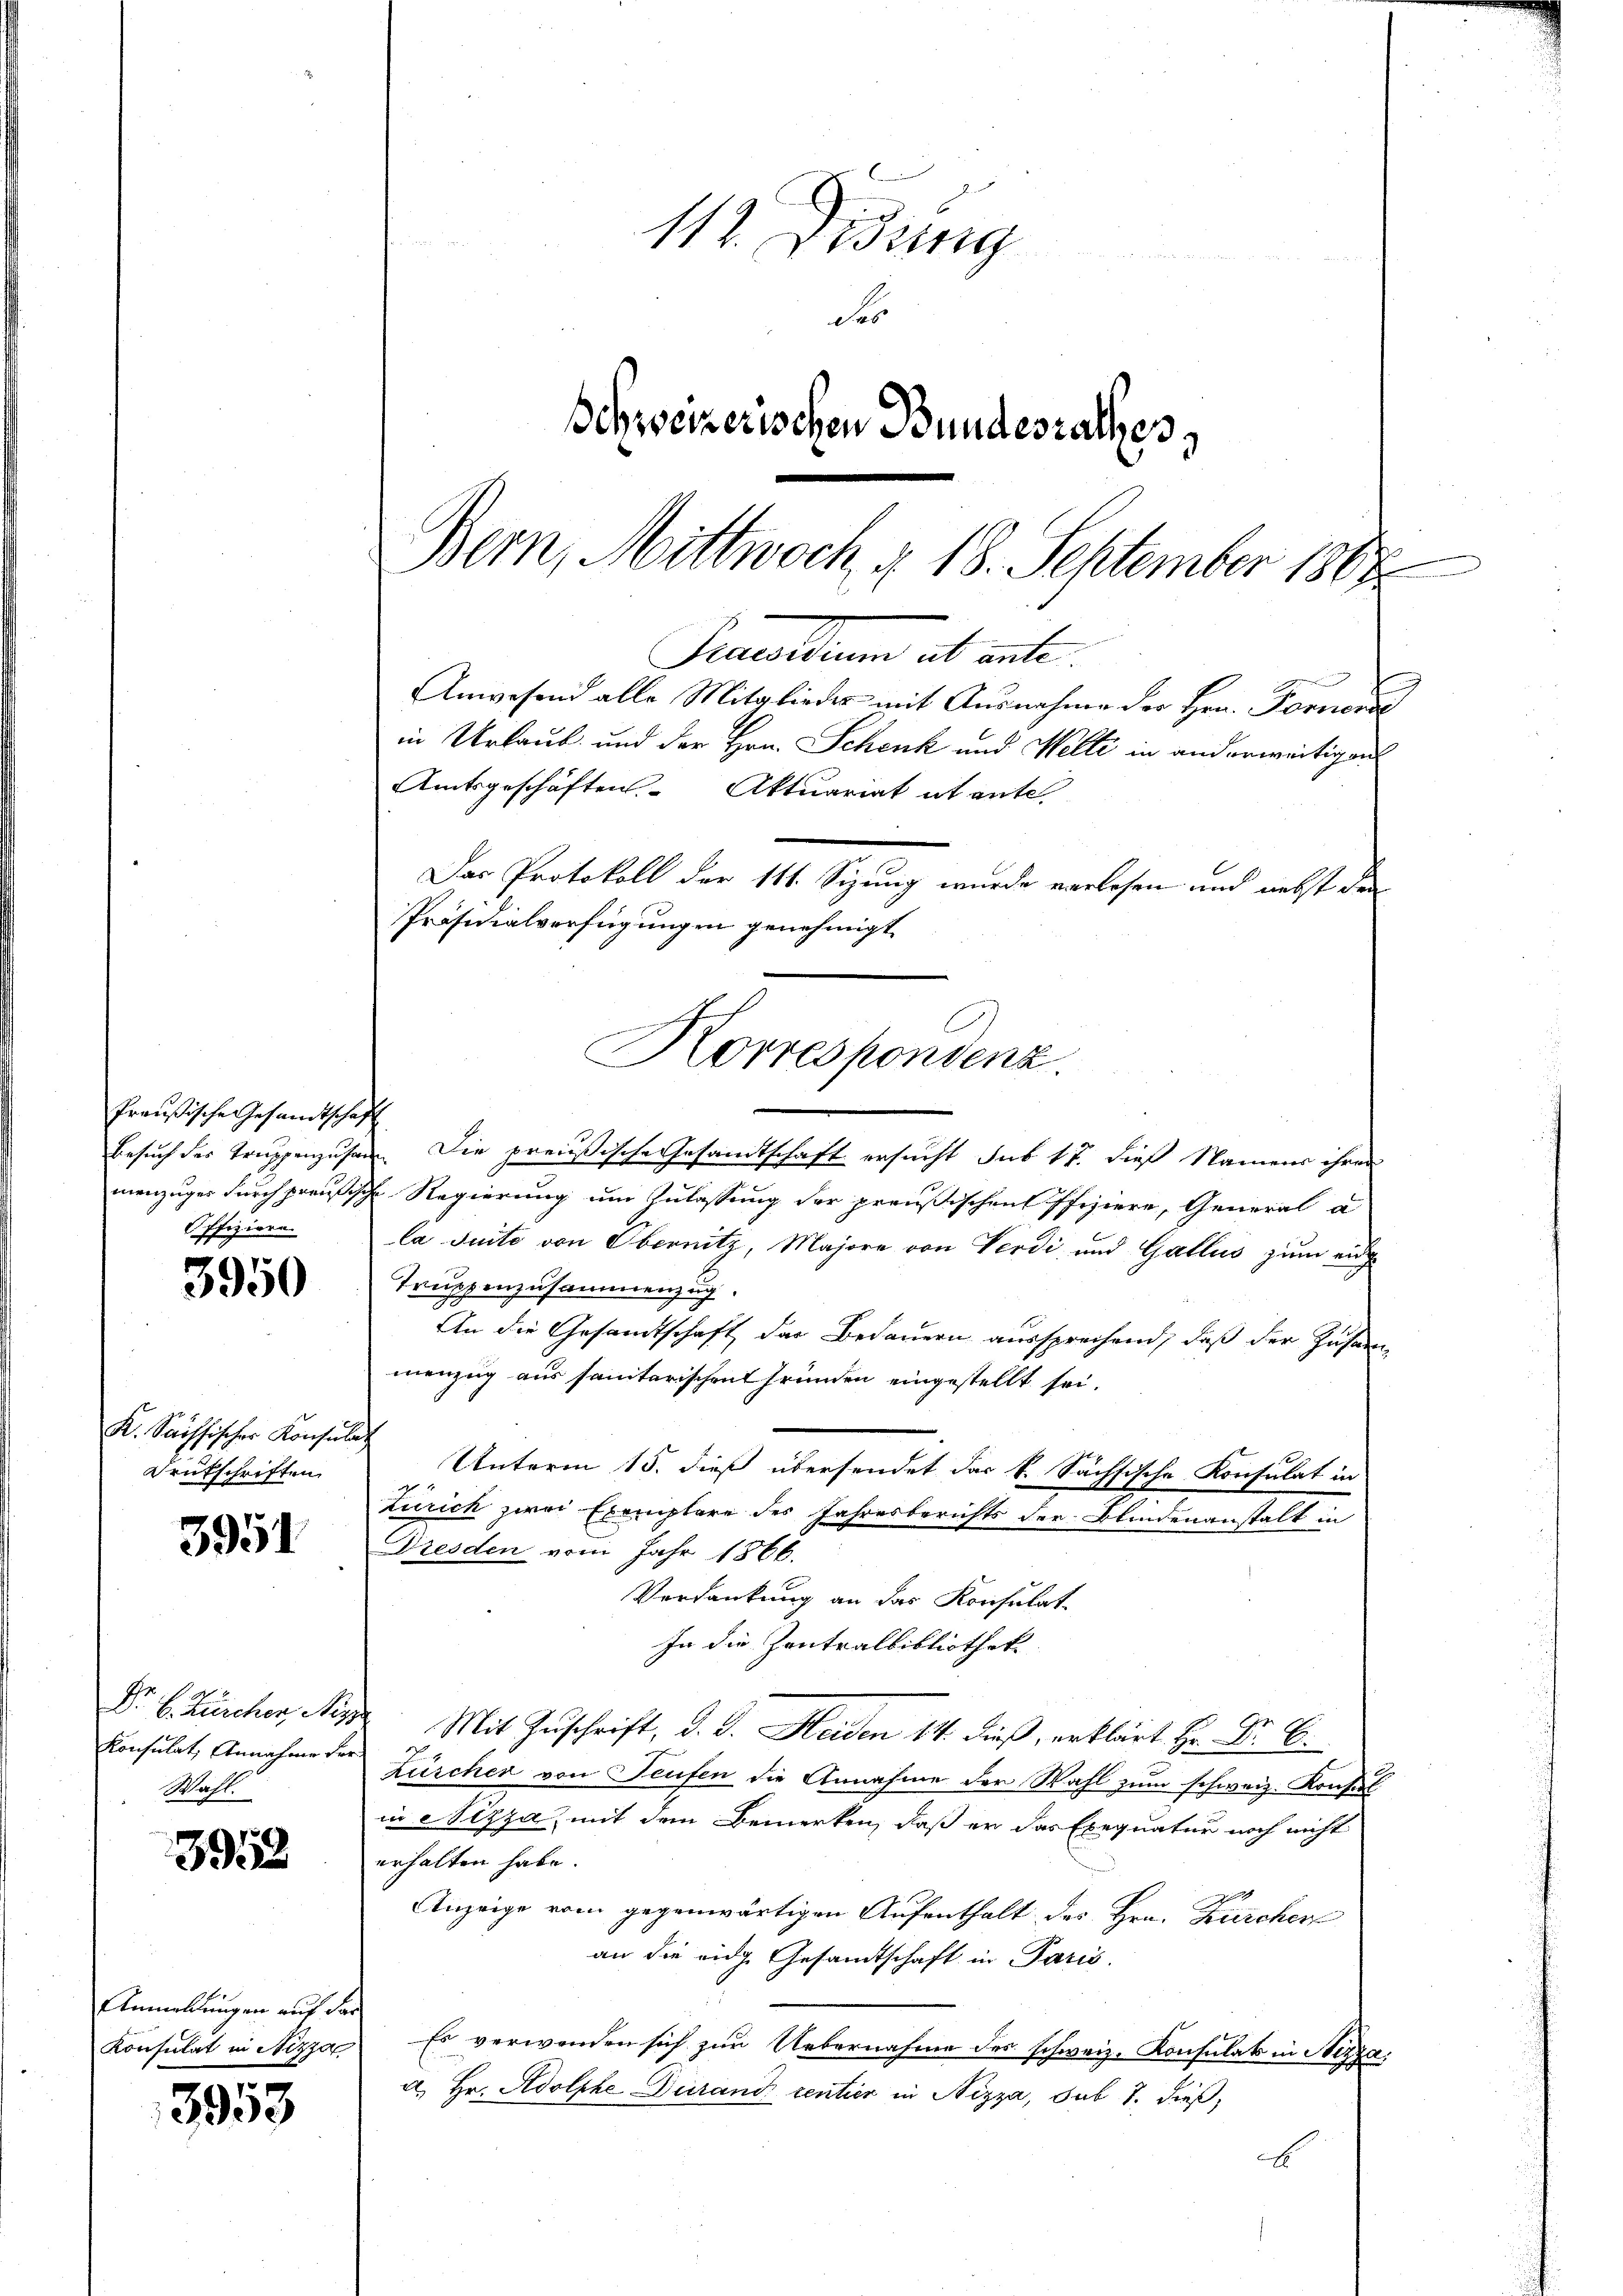
Preußische Gesandtscha
Besuch der Truppenzusa
menzuges durch preußis
Offiziere.

3950

K. Sachsischer Konsula
Drukschriften.

3951

Dr. C. Zürcher, Niz
Konsulat Annahme der
Wahl.

3952

Anmeldungen auf das
Konsulat in Nizzar

3958

112. Didung
.
Fes
Schweizerischen Bundesrathes,

Bern, Mittwoch § 18. September 1868
Gemmeltenen ab weite
Anwesend alle Mitgliedes mit Ausnahme der Hrn. Fornere
in Urlaub und der Hrn. Schenk und Welti in anderweitigen
Amtsgeschäften Aktuariat itante

d
Die preußische Gesandtschaft ersucht sub 17. dieß Namens ihrer
 Regierung um Zulassung der preußischen Pfiziere, General a
la suite von Obernitz, Majore von Verdi und Gallus zum auch
Truppenzusammenzug
An die Gesandtschaft das Bedauern aussprechend, daß der Zusammenzug aus sanitarischen Gründen eingestellt sei.
Unterm 15. dieß übersendet das k. Sächsische Konsulat in
Zürich zwei Exemplare des Jahresberichts der Blindenanstalt in
Dresden vom Jahr 1866.
Verdankung an das Konsulat
In die Zentralbibliothek
Mit Zuschrift, d. d. Heiden 14. dieß, erklärt Hr. Dr. C.
Zürcher von Teufen die Annahme der Wahl zum schweiz. Konsul
in eizza, mit dem Bemerken, daß er das Exequatur noch nicht
erhalten habe.
Anzeige vom gegenwärtigen Aufenthalt des Hrn. Zürcher
an die ange Gesandtschaft in Paris.
Es verwenden sich zur Uebernahme des schweiz. Konsulat in Nizza
a. Hr. Adolphe-Durand rentier in Nizza, sub 7. dieß,
e

Das Protokoll der 111. Sizung wurde verlesen und nebst der
Präsidialverfügungen genehmigt
Korrespondenz